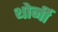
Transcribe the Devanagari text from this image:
थोर्नी